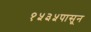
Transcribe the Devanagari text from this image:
१५३५पासून